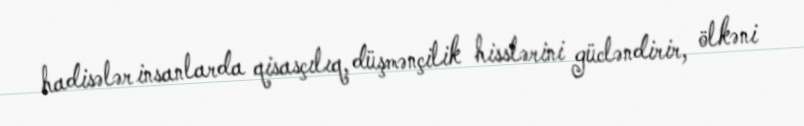
hadisələr insanlarda qisasçılıq, düşmənçilik hisslərini gücləndirir, ölkəni